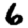
Digit: 6